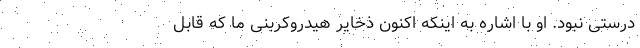
درستی نبود. او با اشاره به اینکه اکنون ذخایر هیدروکربنی ما که قابل